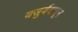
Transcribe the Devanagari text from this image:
यजुर्वेदातून